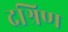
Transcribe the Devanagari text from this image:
दश्रिण